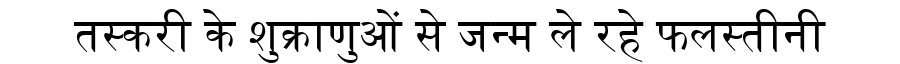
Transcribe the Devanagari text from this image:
तस्करी के शुक्राणुओं से जन्म ले रहे फलस्तीनी